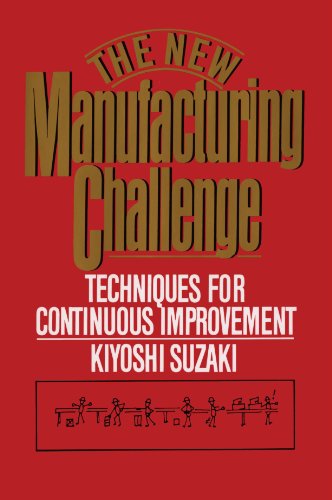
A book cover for New Manufacturing Challenge: Techniques for Continuous Improvement; Kiyoshi Suzaki; Business & Money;